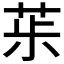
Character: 𦯝